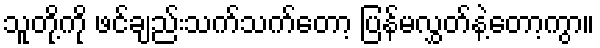
သူတို့ကို ဖင်ချည်းသက်သက်တော့ ပြန်မလွှတ်နဲ့တော့ကွာ။